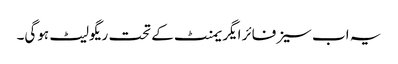
یہ اب سیزفائر ایگریمنٹ کے تحت ریگولیٹ ہوگی۔